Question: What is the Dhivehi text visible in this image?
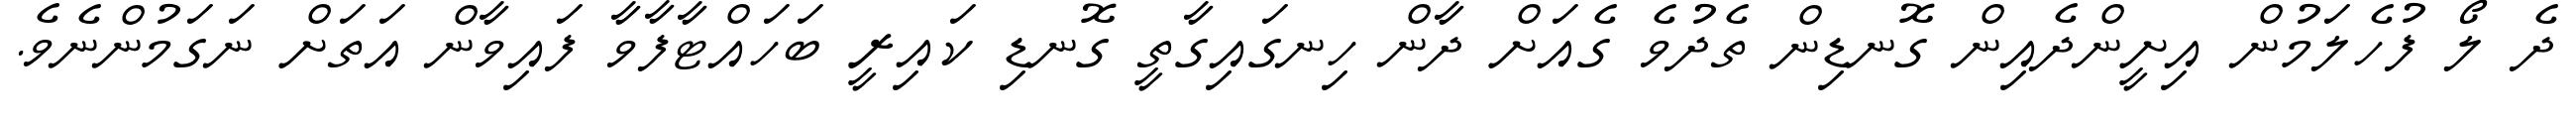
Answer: ދެ ލޯ ފުހެލަމުން އިށީންދެއިން ގޮނޑިން ތެދުވެ ގެއަށް ދާން ހިނގައިގާތީ ގޮނޑި ކައިރީ ބަހައްޓާފާވާ ފައިވާން އަތަށް ނަގަމުންނެވެ.